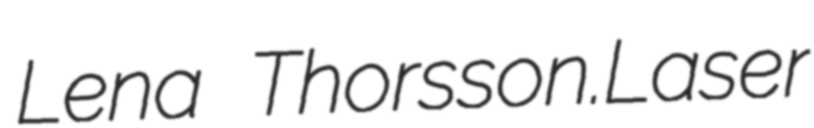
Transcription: Lena Thorsson.Laser